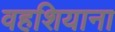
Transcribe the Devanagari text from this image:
वहशियाना